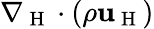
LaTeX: \nabla_{\mathrm{~H~}}\cdot(\rho\mathbf{u}_{\mathrm{~H~}})